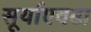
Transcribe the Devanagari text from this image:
सूर्याएवढा